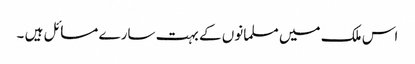
اس ملک میں مسلمانوں کے بہت سارے مسائل ہیں ۔